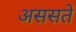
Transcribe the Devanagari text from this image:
अससते